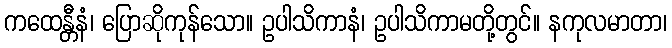
ကထေန္တီနံ၊ ပြောဆိုကုန်သော။ ဥပါသိကာနံ၊ ဥပါသိကာမတို့တွင်။ နကုလမာတာ၊